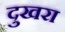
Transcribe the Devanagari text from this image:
दुखरा